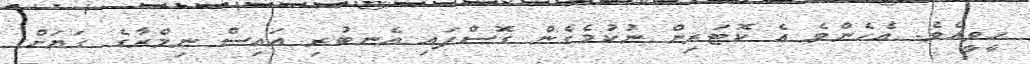
ހީވީއެވެ. އެހެންވެ އެ ކޮޓަރިން ނުކުމެގެން ގޮސްފައި އެނބުރި އައިސް ނިމްރާގެ ގަޔަށް